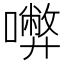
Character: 𡃇